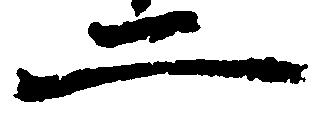
二